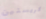
كريستين